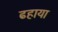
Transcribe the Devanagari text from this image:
ढहाया